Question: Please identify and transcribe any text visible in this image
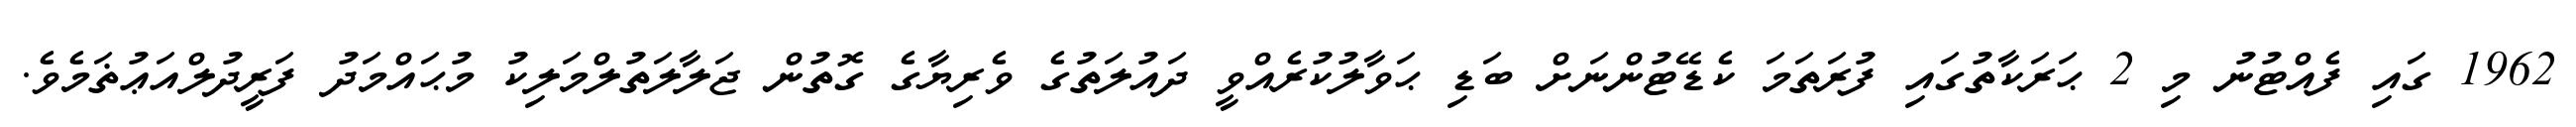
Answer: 1962 ގައި ފެއްޓުނު މި 2 ޙަރަކާތުގައި ފުރަތަމަ ކެޑޭޓުންނަށް ބަޑި ޙަވާލުކުރެއްވީ ދައުލަތުގެ ވެރިޔާގެ ގޮތުން ޖަލާލަތުލްމަލިކު މުޙައްމަދު ފަރީދުލްއަޢުޡަމެވެ.